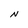
Character: N